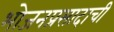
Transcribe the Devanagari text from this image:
भोजनप्रसादाची